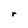
Character: r